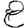
Digit: 8